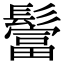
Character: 𩯅